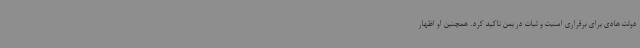
دولت هادی برای برقراری امنیت و ثبات در یمن تاکید کرد. همچنین او اظهار